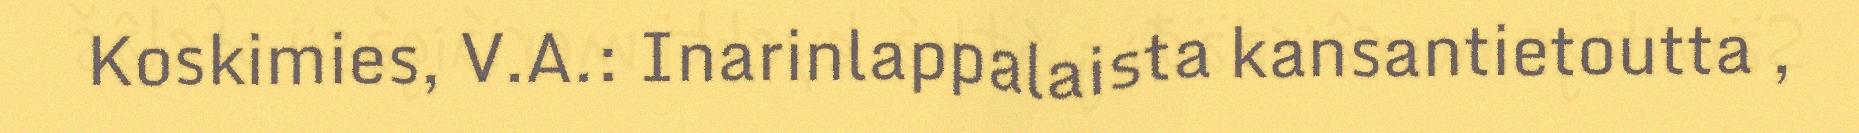
Koskimies, V.A.: Inarinlappalaista kansantietoutta ,